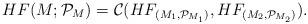
LaTeX: \begin{align*}HF(M;\mathcal P_M) = \mathcal C(HF_{(M_1,\mathcal P_{M_1})},HF_{(M_2,\mathcal P_{M_2})}).\end{align*}